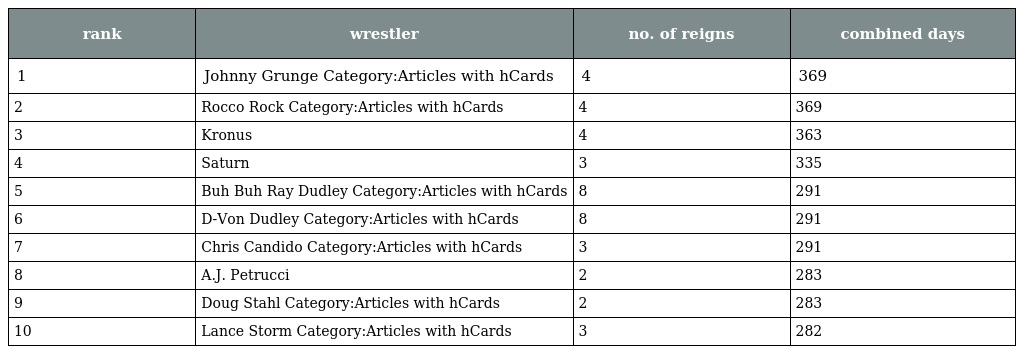
| rank | wrestler | no. of reigns | combined days |
 | --- | --- | --- | --- |
 | 1 | Johnny Grunge Category:Articles with hCards | 4 | 369 |
 | 2 | Rocco Rock Category:Articles with hCards | 4 | 369 |
 | 3 | Kronus | 4 | 363 |
 | 4 | Saturn | 3 | 335 |
 | 5 | Buh Buh Ray Dudley Category:Articles with hCards | 8 | 291 |
 | 6 | D-Von Dudley Category:Articles with hCards | 8 | 291 |
 | 7 | Chris Candido Category:Articles with hCards | 3 | 291 |
 | 8 | A.J. Petrucci | 2 | 283 |
 | 9 | Doug Stahl Category:Articles with hCards | 2 | 283 |
 | 10 | Lance Storm Category:Articles with hCards | 3 | 282 |